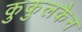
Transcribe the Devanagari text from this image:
कुकुलकैन